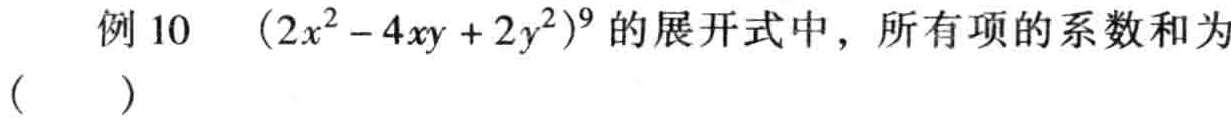
例 10 \((2x^{2}-4xy + 2y^{2})^{9}\) 的展开式中，所有项的系数和为（  ）